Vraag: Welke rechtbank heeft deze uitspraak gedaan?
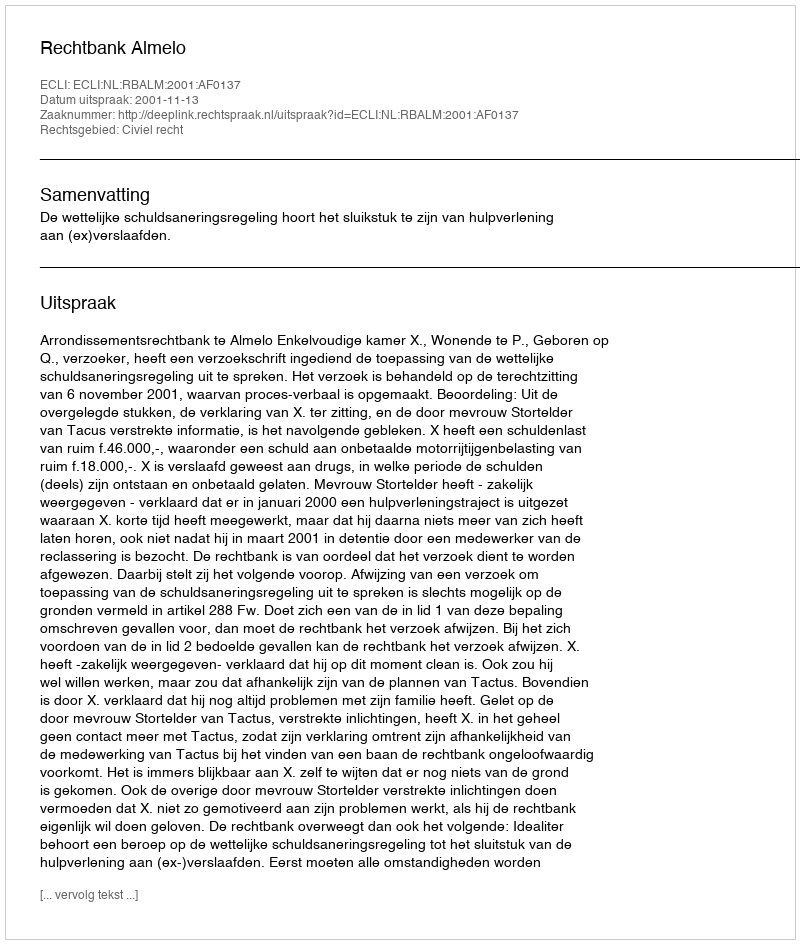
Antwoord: Rechtbank Almelo